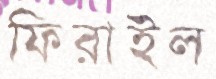
ফিরাইল